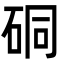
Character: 硐